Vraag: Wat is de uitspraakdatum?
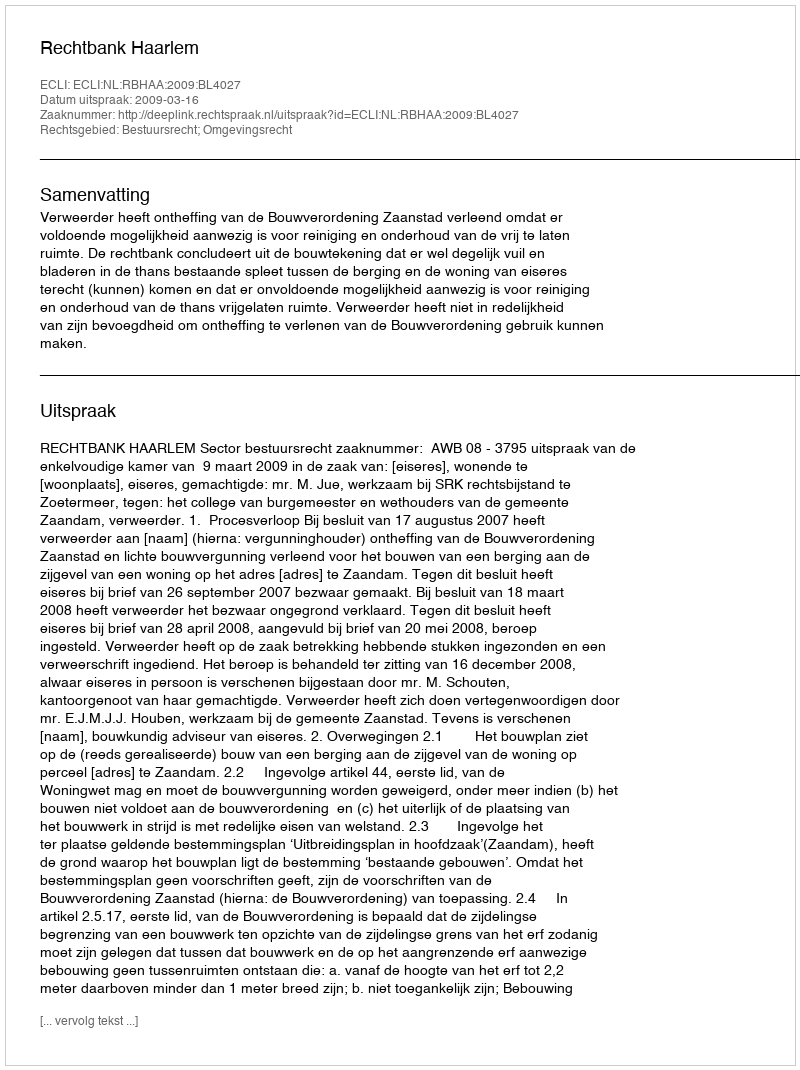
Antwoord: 2009-03-16